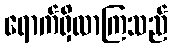
ရောက်ရှိလာကြသည်